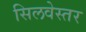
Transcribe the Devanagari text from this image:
सिलवेस्तर